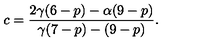
c = \frac { 2 \gamma ( 6 - p ) - \alpha ( 9 - p ) } { \gamma ( 7 - p ) - ( 9 - p ) } .